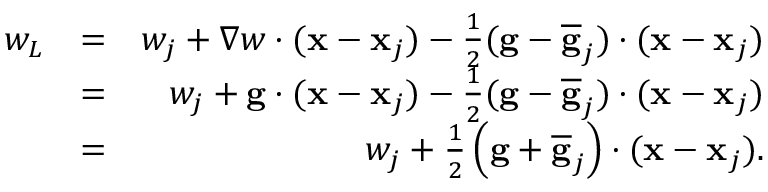
\begin{array} { r l r } { w _ { L } } & { = } & { w _ { j } + \nabla w \cdot ( { \bf x } - { \bf x } _ { j } ) - \frac { 1 } { 2 } ( { \bf g } - \overline { { \bf g } } _ { j } ) \cdot ( { \bf x } - { \bf x } _ { j } ) } \\ & { = } & { w _ { j } + { \bf g } \cdot ( { \bf x } - { \bf x } _ { j } ) - \frac { 1 } { 2 } ( { \bf g } - \overline { { \bf g } } _ { j } ) \cdot ( { \bf x } - { \bf x } _ { j } ) } \\ & { = } & { w _ { j } + \frac { 1 } { 2 } \left( { \bf g } + \overline { { \bf g } } _ { j } \right) \cdot ( { \bf x } - { \bf x } _ { j } ) . } \end{array}